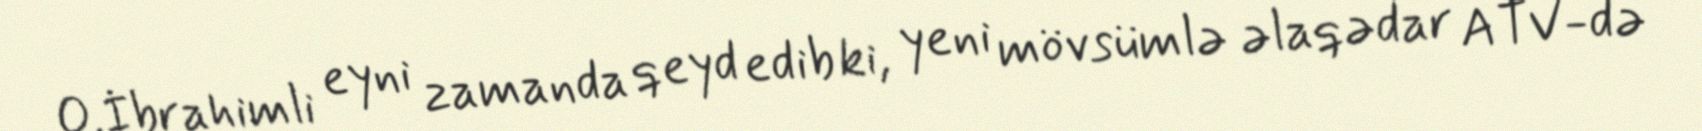
O.İbrahimli eyni zamanda qeyd edib ki, yeni mövsümlə əlaqədar ATV-də